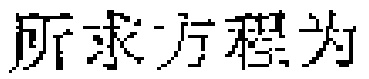
所求方程为